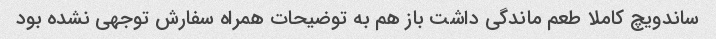
ساندویچ کاملا طعم ماندگی داشت باز هم به توضیحات همراه سفارش توجهی نشده بود